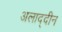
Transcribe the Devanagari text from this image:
अलाद्दीन